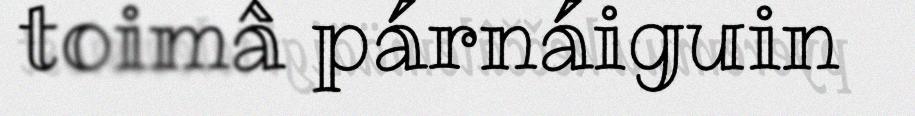
toimâ párnáiguin